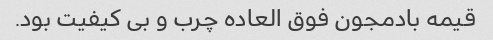
قیمه بادمجون فوق العاده چرب و بی کیفیت بود.